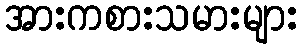
အားကစားသမားများ